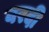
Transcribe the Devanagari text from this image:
वरदी